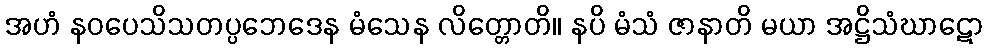
အဟံ နဝပေသိသတပ္ပဘေဒေန မံသေန လိတ္တောတိ။ နပိ မံသံ ဇာနာတိ မယာ အဋ္ဌိသံဃာဋော